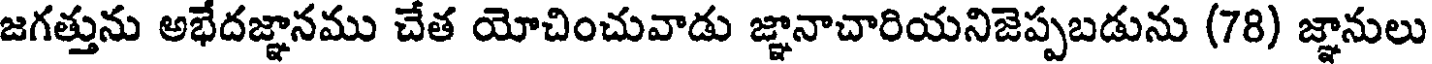
జగత్తును అభేదజ్ఞానము చేత యోచించువాడు జ్ఞానాచారియనిజెప్పబడును (78) జ్ఞానులు